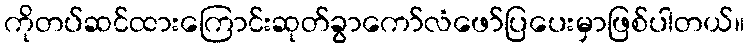
ကိုတပ်ဆင်ထားကြောင်းဆုတ်ခွာကော်လံဖော်ပြပေးမှာဖြစ်ပါတယ်။